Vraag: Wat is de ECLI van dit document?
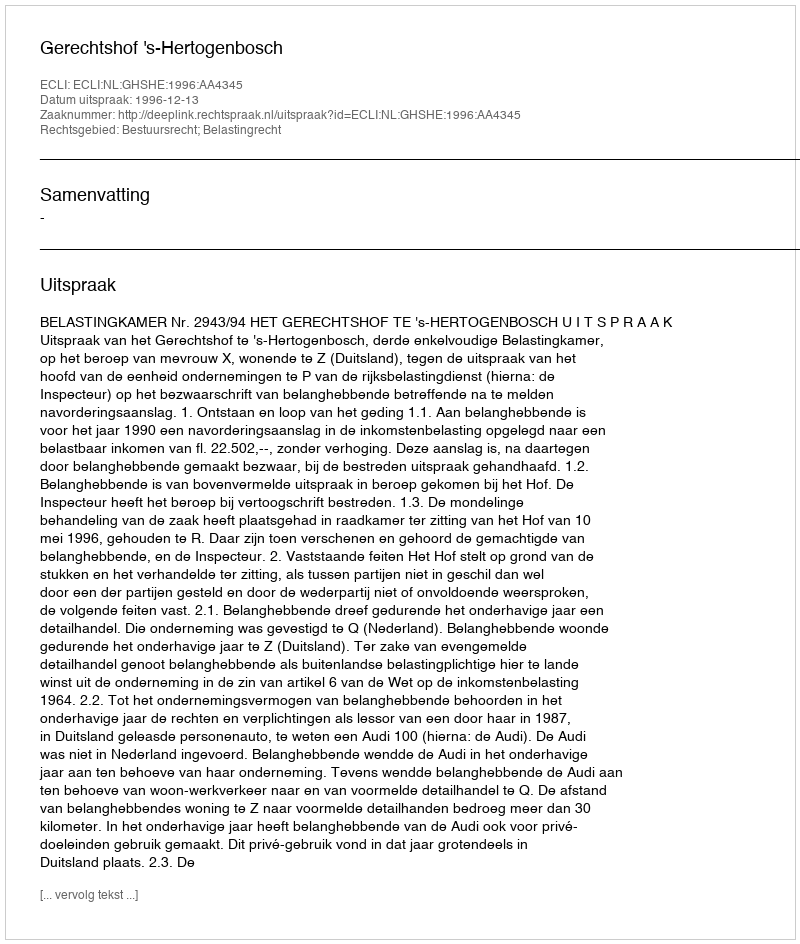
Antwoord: ECLI:NL:GHSHE:1996:AA4345